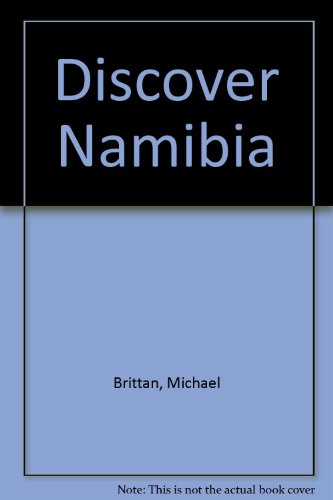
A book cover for Discover Namibia; Michael Brittan; Travel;